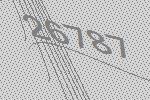
26787